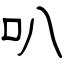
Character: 叭